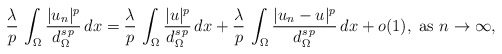
\begin{align*}\frac{\lambda}{p}\,\int_\Omega \frac{|u_n|^p}{d_\Omega^{s\,p}}\,dx=\frac{\lambda}{p}\,\int_\Omega \frac{|u|^p}{d_\Omega^{s\,p}}\,dx+\frac{\lambda}{p}\,\int_\Omega \frac{|u_n-u|^p}{d_\Omega^{s\,p}}\,dx+o(1),\mbox{ as }n\to \infty,\end{align*}